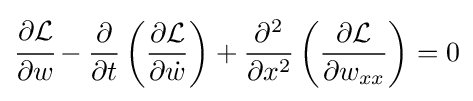
{\cfrac {\partial {\mathcal {L}}}{\partial w}}-{\frac {\partial }{\partial t}}\left({\frac {\partial {\mathcal {L}}}{\partial {\dot {w}}}}\right)+{\frac {\partial ^{2}}{\partial x^{2}}}\left({\frac {\partial {\mathcal {L}}}{\partial w_{xx}}}\right)=0